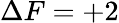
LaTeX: \Delta F=+2